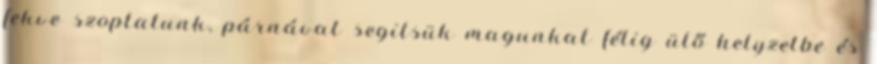
fekve szoptatunk, párnával segitsük magunkat félig ülő helyzetbe és